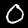
Label: 0